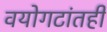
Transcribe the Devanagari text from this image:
वयोगटांतही